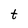
Character: t